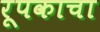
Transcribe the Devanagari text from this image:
रूपकाचा